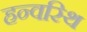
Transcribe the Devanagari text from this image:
हन्वस्थि